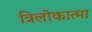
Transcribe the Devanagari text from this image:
त्रिलोकात्मा